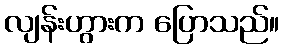
လျန်းဟွားက ပြောသည်။